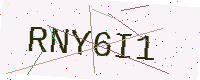
Text: RNY6I1